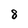
Character: 8